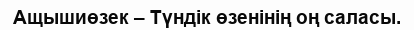
Ащышиөзек – Түндік өзенінің оң саласы.